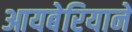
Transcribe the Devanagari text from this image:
आयबेरियाने